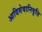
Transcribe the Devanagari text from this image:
आदिसेवानिवृत्ति